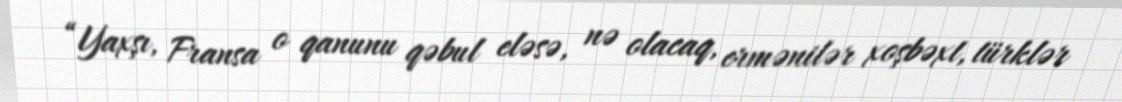
“Yaxşı, Fransa o qanunu qəbul eləsə, nə olacaq, ermənilər xoşbəxt, türklər